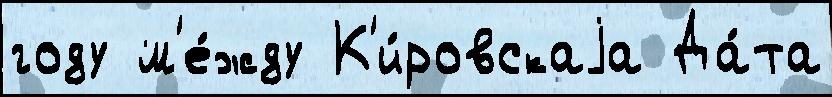
году м'е́жду К'и́ровскаjа Да́та